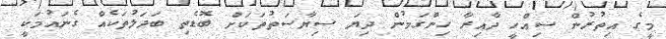
މީގެ އިތުރުން ސިއްހީ ދާއިރާ ހިންގަމުން ދިޔަ ސިޔާސަތުތަކަށް ބޮޑެތި ބަދަލުތަކެއް ގެނައުމަކީ